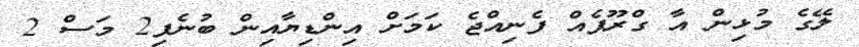
ލޭގެ މުޅިން އާ ގްރޫޕެއް ފެނިއްޖެ ކަމަށް އިންޑިޔާއިން ބުނެފި2 މަސް 2